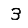
Digit: 3